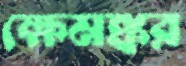
ক্ষেমঙ্কর